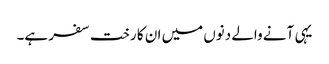
یہی آنے والے دنوں میں ان کا رخت سفر ہے۔